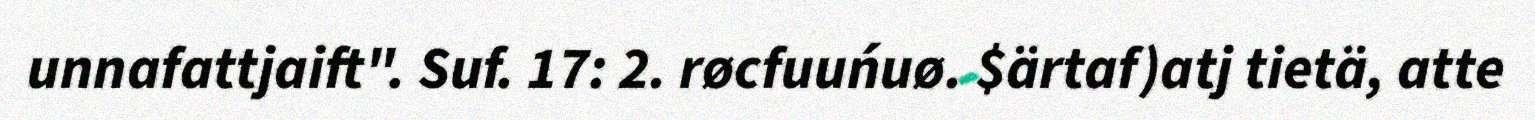
unnafattjaift". Suf. 17: 2. røcfuuńuø. $ärtaf)atj tietä, atte